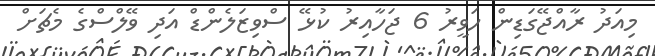
މިއަދު ރާއްޖޭގަޑިން ހަވީރު 6 ޖަހާއިރު ކުޅޭ ސްވިޒަލެންޑް އަދި ވޭލްސްގެ މެޗަށް